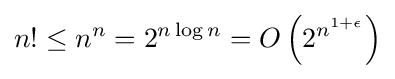
n!\leq n^{n}=2^{n\log n}=O\left(2^{n^{1+\epsilon }}\right)